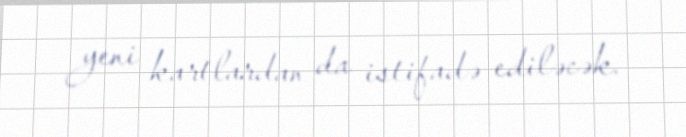
yeni kartlardan da istifadə ediləcək.